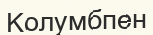
Колумбпен